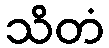
သိတံ